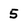
Character: 5